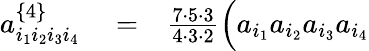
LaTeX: \begin{array}{rlr}{a_{i_{1}i_{2}i_{3}i_{4}}^{\left\{ 4\right\} }}&{{}=}&{\frac{7\cdot 5\cdot 3}{4\cdot 3\cdot 2}\Big(a_{i_{1}}a_{i_{2}}a_{i_{3}}a_{i_{4}}}\end{array}